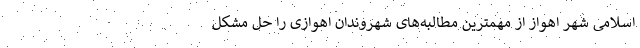
اسلامی شهر اهواز از مهمترین مطالبه‌های شهروندان اهوازی را حل مشکل